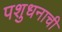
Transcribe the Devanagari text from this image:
पशुधनाची